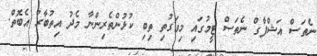
ނެތަސް އަޝްފާގް ނެތަސް ޓީމުގައި މިވަގުތި ތިބި ކުޅުންތެރިންނާ މެދު އިތުބާރު އެބޮތް.